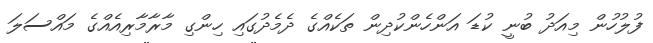
ފުލުހުން މިއަދު ބުނީ ކުޑަ އަންހެންކުދިން ތަކެއްގެ ދެމެދުގައި ހިންގި މާރާމާރިއެއްގެ މައްސަލަ